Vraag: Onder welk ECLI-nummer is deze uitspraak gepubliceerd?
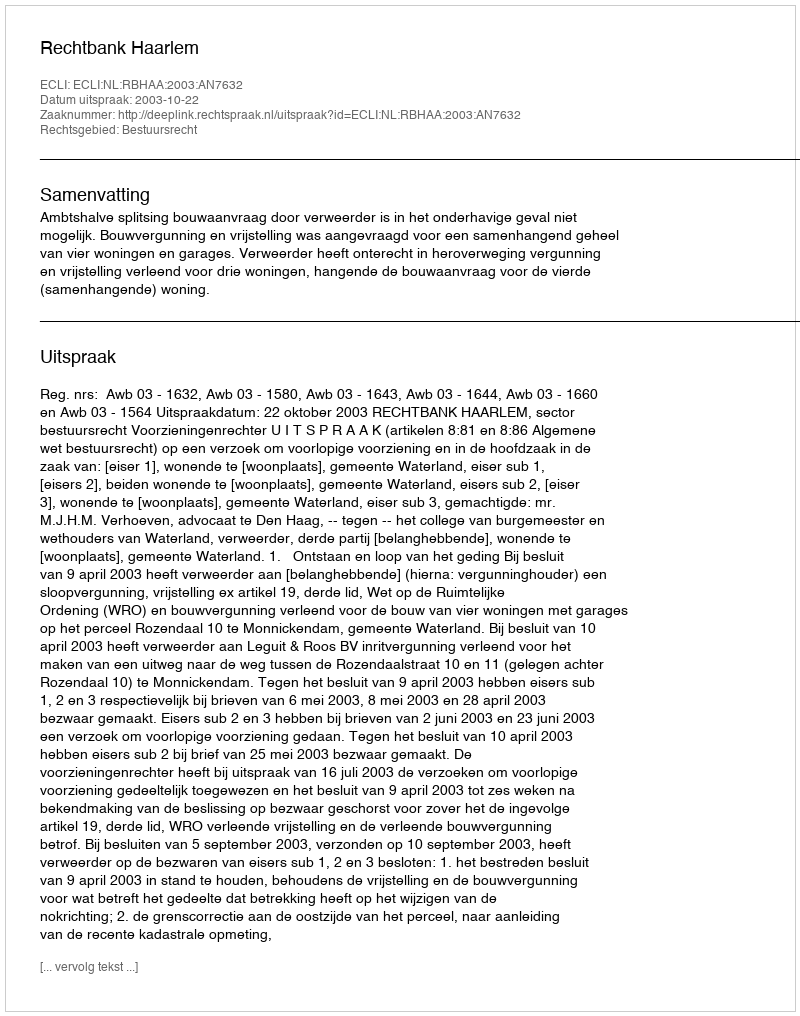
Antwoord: ECLI:NL:RBHAA:2003:AN7632